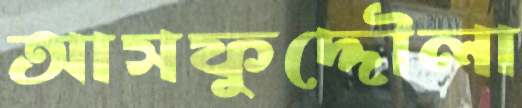
আসফুদ্দৌলা